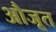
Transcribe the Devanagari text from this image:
औजूत